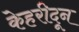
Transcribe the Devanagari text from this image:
केहरीदून